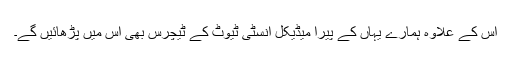
اس کے علاوہ ہمارے یہاں کے پیرا میڈیکل انسٹی ٹیوٹ کے ٹیچرس بھی اس میں پڑھائیں گے۔